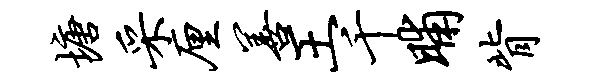
塘采厘善王千晡背